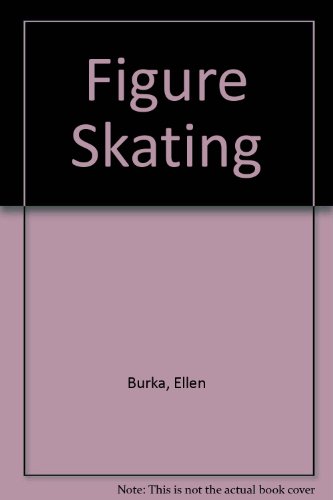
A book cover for Figure Skating; Ellen Burka; Sports & Outdoors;